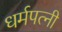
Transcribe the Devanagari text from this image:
धर्मपत्‍नी